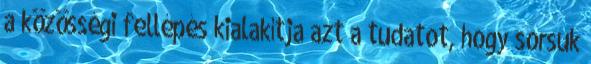
a közösségi fellépés kialakítja azt a tudatot, hogy sorsuk